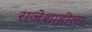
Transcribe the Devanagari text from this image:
राजेशाहीला